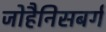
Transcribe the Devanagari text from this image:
जोहैनिसबर्ग